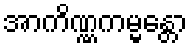
အာကိဏ္ဏကမ္မန္တော